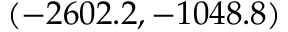
( - 2 6 0 2 . 2 , - 1 0 4 8 . 8 )